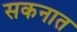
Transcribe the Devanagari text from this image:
सकनात